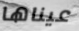
عيناها